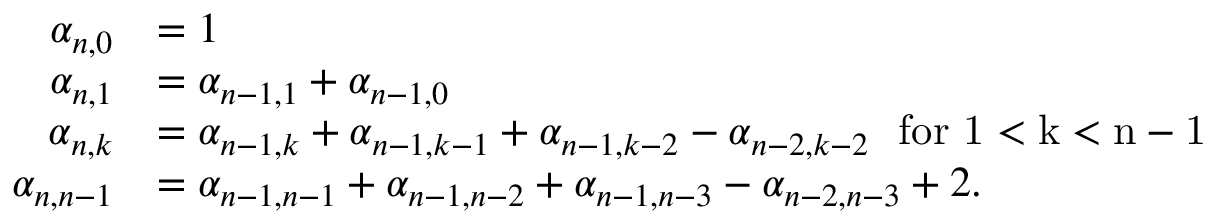
\begin{array} { r l } { \alpha _ { n , 0 } } & { = 1 } \\ { \alpha _ { n , 1 } } & { = \alpha _ { n - 1 , 1 } + \alpha _ { n - 1 , 0 } } \\ { \alpha _ { n , k } } & { = \alpha _ { n - 1 , k } + \alpha _ { n - 1 , k - 1 } + \alpha _ { n - 1 , k - 2 } - \alpha _ { n - 2 , k - 2 } \mathrm { ~ \ f o r ~ 1 < k < n - 1 ~ } } \\ { \alpha _ { n , n - 1 } } & { = \alpha _ { n - 1 , n - 1 } + \alpha _ { n - 1 , n - 2 } + \alpha _ { n - 1 , n - 3 } - \alpha _ { n - 2 , n - 3 } + 2 . } \end{array}